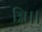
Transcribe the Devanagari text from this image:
ग्नि।।